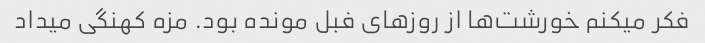
فکر میکنم خورشت‌ها از روزهای فبل مونده بود. مزه کهنگی میداد